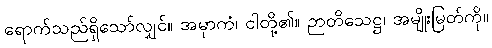
ရောက်သည်ရှိသော်လျှင်။ အမှာကံ၊ ငါတို့၏။ ဉာတိသေဋ္ဌ၊ အမျိုးမြတ်ကို။